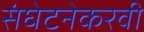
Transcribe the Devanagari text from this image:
संघेटनेकरवी